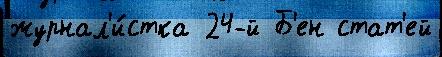
журнал'и́стка 24-й Б'ен стат'ей